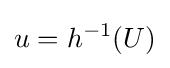
u=h^{-1}(U)